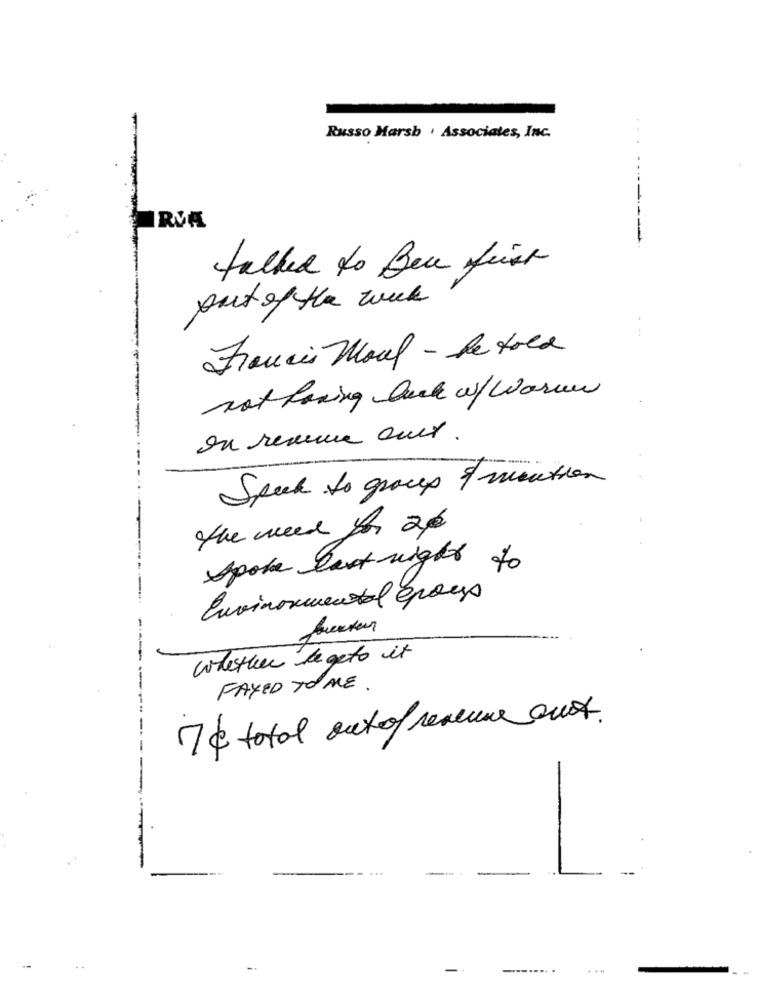
Russo Marsh . Associates, Inc.
...
----
RVA
talked to Bece feier
outof the week
Francis Moul - he told
not having lack w/ Warme
en resu aux .
Speck to group of mouthen
the need for 20
Spoke Last night
%
Environmental group
Whether de geto it
--
FAYED TOALE .
7 c total out of revenue aux.
-
L
---....